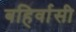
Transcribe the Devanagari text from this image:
बहिर्वासी